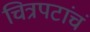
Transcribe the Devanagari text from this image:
चित्रपटांचं